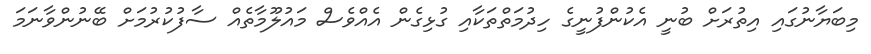
މިބަޔާނުގައި އިތުރަށް ބުނީ އެކުންފުނީގެ ހިދުމަތްތަކާއި ގުޅިގެން އެއްވެސް މައުލޫމާތެއް ސާފުކުރުމަށް ބޭނުންވާނަމަ